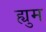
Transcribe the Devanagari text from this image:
ह्युम